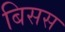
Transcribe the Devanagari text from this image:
बिसस